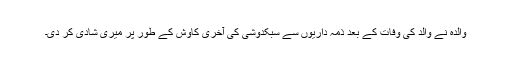
والدہ نے والد کی وفات کے بعد ذمہ داریوں سے سبکدوشی کی آخری کاوش کے طور پر میری شادی کر دی۔